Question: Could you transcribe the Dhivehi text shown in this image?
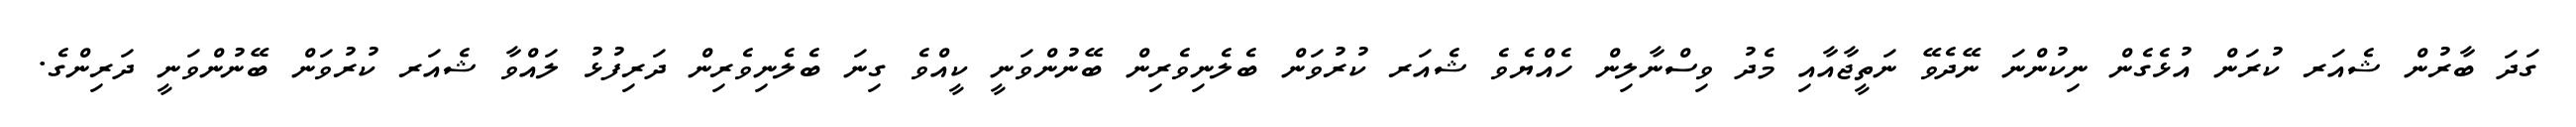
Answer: ގަދަ ބާރުން ޝެއަރ ކުރަން އުޅެގެން ނިކުންނަ ނޭދެވޭ ނަތީޖާއާއި މެދު ވިސްނާލިން ހެއްޔެވެ ޝެއަރ ކުރުވަން ބެލެނިވެރިން ބޭނުންވަނީ ކީއްވެ ގިނަ ބެލެނިވެރިން ދަރިފުޅު ލައްވާ ޝެއަރ ކުރުވަން ބޭނުންވަނީ ދަރިންގެ.